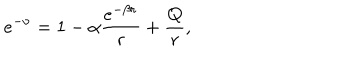
LaTeX: e ^ { - \nu } = 1 - \alpha \frac { e ^ { - \beta r } } { r } + \frac { Q } { r } ,